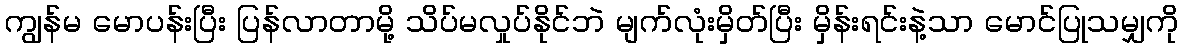
ကျွန်မ မောပန်းပြီး ပြန်လာတာမို့ သိပ်မလှုပ်နိုင်ဘဲ မျက်လုံးမှိတ်ပြီး မှိန်းရင်းနဲ့သာ မောင်ပြုသမျှကို